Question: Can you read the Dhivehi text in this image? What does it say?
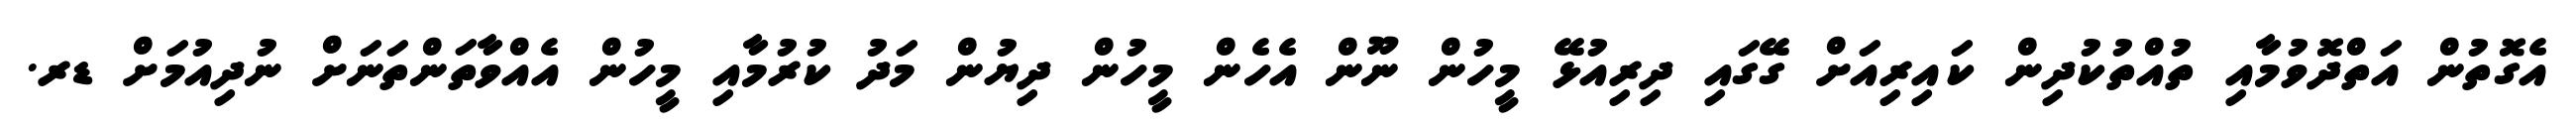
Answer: އެގޮތުން އަތްދޮވުމާއި ތުއްތުކުދިން ކައިރިއަށް ގޭގައި ދިރިއުޅޭ މީހުން ނޫން އެހެން މީހުން ދިޔުން މަދު ކުރުމާއި މީހުން އެއްވާތަންތަނަށް ނުދިއުމަށް ޑރ.